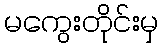
မကွေးတိုင်းမှ